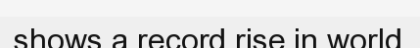
shows a record rise in world